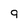
Character: 9